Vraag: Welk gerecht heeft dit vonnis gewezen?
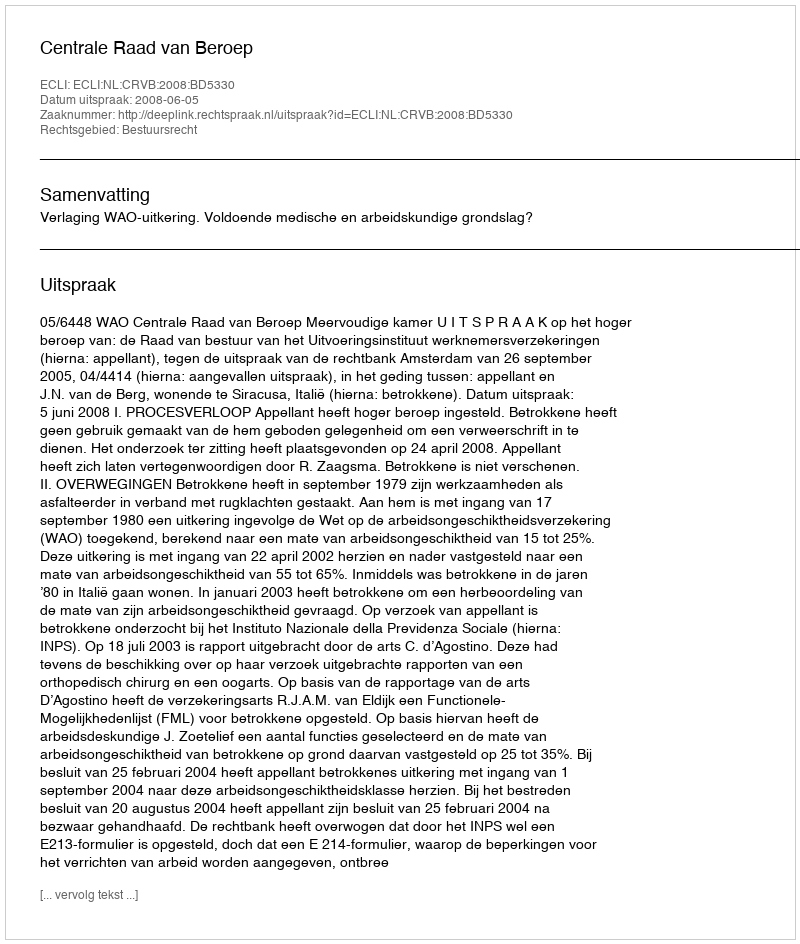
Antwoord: Centrale Raad van Beroep